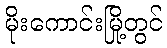
မိုးကောင်းမြို့တွင်